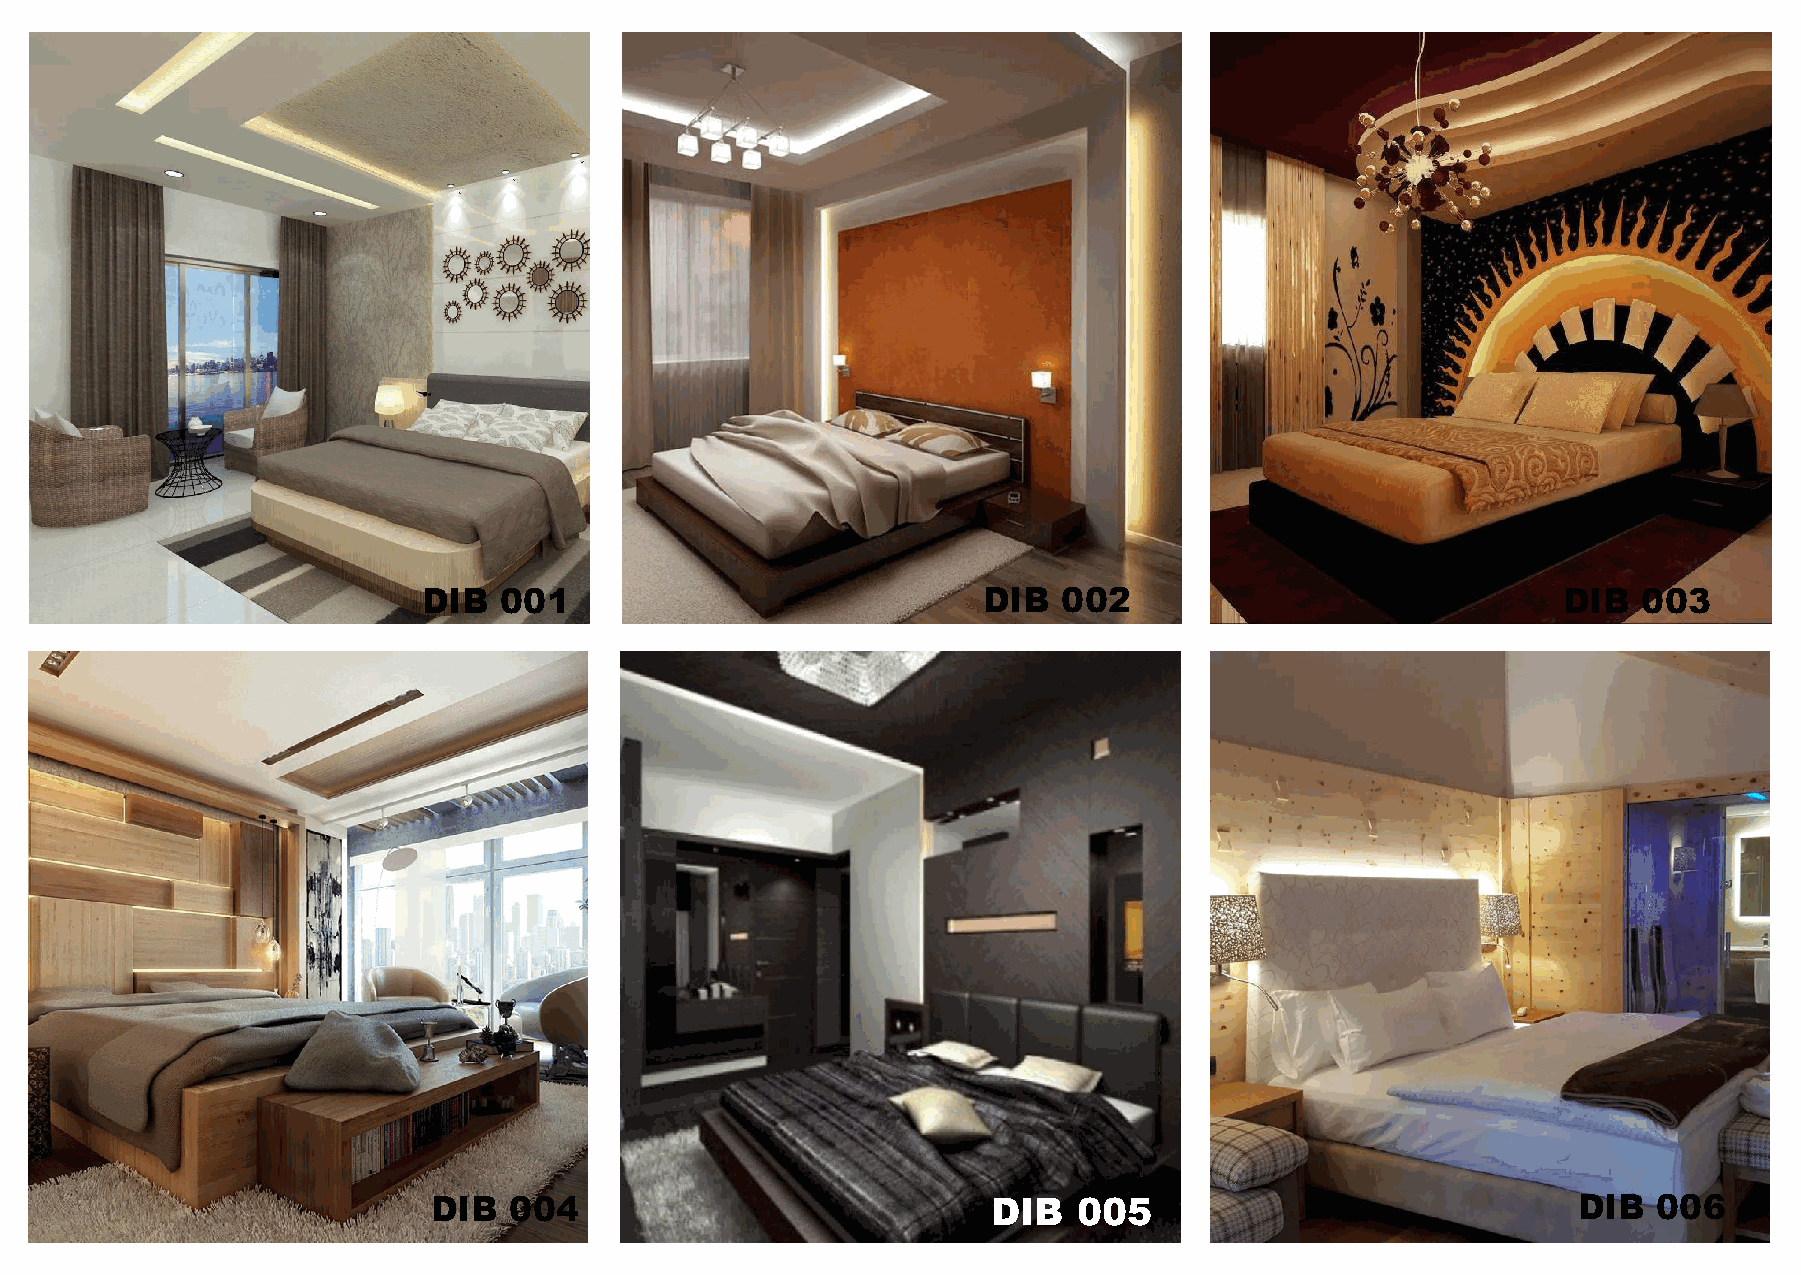
DIB  001                             DIB  002                              DIB   003
 DIB  004                             DIB  005                              DIB   006